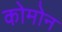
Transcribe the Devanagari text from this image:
कोमोन